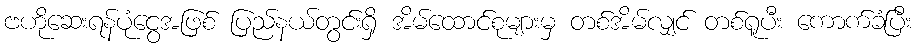
ဗဟိုဆေးရန်ပုံငွေအဖြစ် ပြည်နယ်တွင်းရှိ အိမ်ထောင်စုများမှ တစ်အိမ်လျှင် တစ်ရူပီး ကောက်ခံပြီး